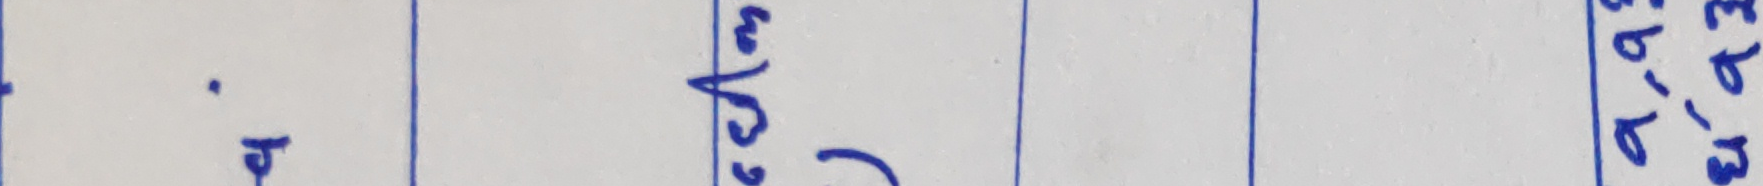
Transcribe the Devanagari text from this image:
डं चुं ५ ए बिर